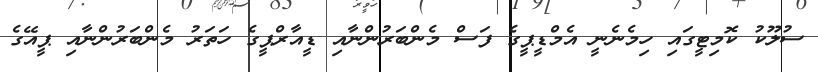
ސުލޫކު ކޮމިޓީގައި ހިމެނެނީ އެމްޑީޕީގެ ފަސް މެންބަރުންނާއި ޑީއާރްޕީގެ ހަތަރު މެންބަރުންނާއި ޕީއޭގެ